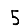
Digit: 5